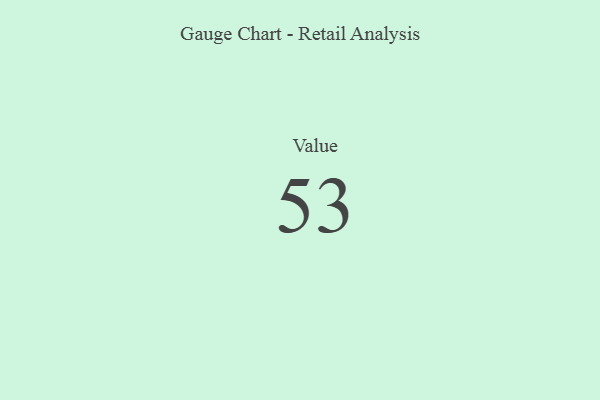
{"axis": {"x": "Metric", "y": "Value"}, "legend": [""], "data": [{"x": "Value", "y": 53, "type": ""}]}